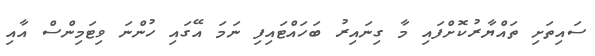
ސައިތަށި ތައްޔާރުކޮށްފައި މާ ގިނައިރު ބަހައްޓައިފި ނަމަ އޭގައި ހުންނަ ވިޓަމިންސް އާއި